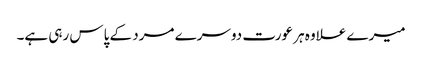
میرے علاوہ ہر عورت دوسرے مرد کے پاس رہی ہے۔